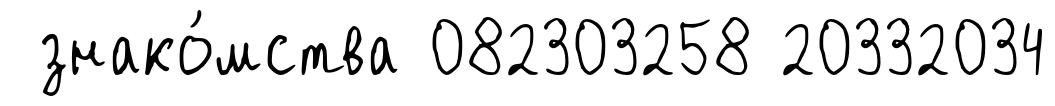
знако́мства 082303258 20332034